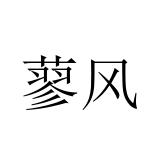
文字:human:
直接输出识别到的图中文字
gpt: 蓼风